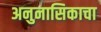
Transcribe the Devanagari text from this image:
अनुनासिकाचा